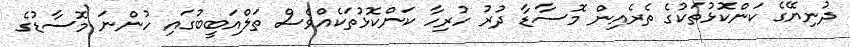
ދުނިޔޭގެ ކަންކޮޅުތަކުގެ ތެރެއިން މޮސާޑާ ދުރު ހުރިހާ ކަންކޮޅުތަކެއްވެސް ތަލްއަބީބުގައި ހުންނަ މޮސާޑުގެ